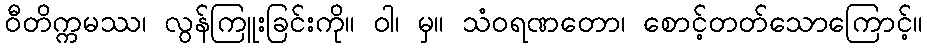
ဝီတိက္ကမဿ၊ လွန်ကြူးခြင်းကို။ ဝါ၊ မှ။ သံဝရဏတော၊ စောင့်တတ်သောကြောင့်။